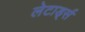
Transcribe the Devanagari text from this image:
लेटार्ड्स